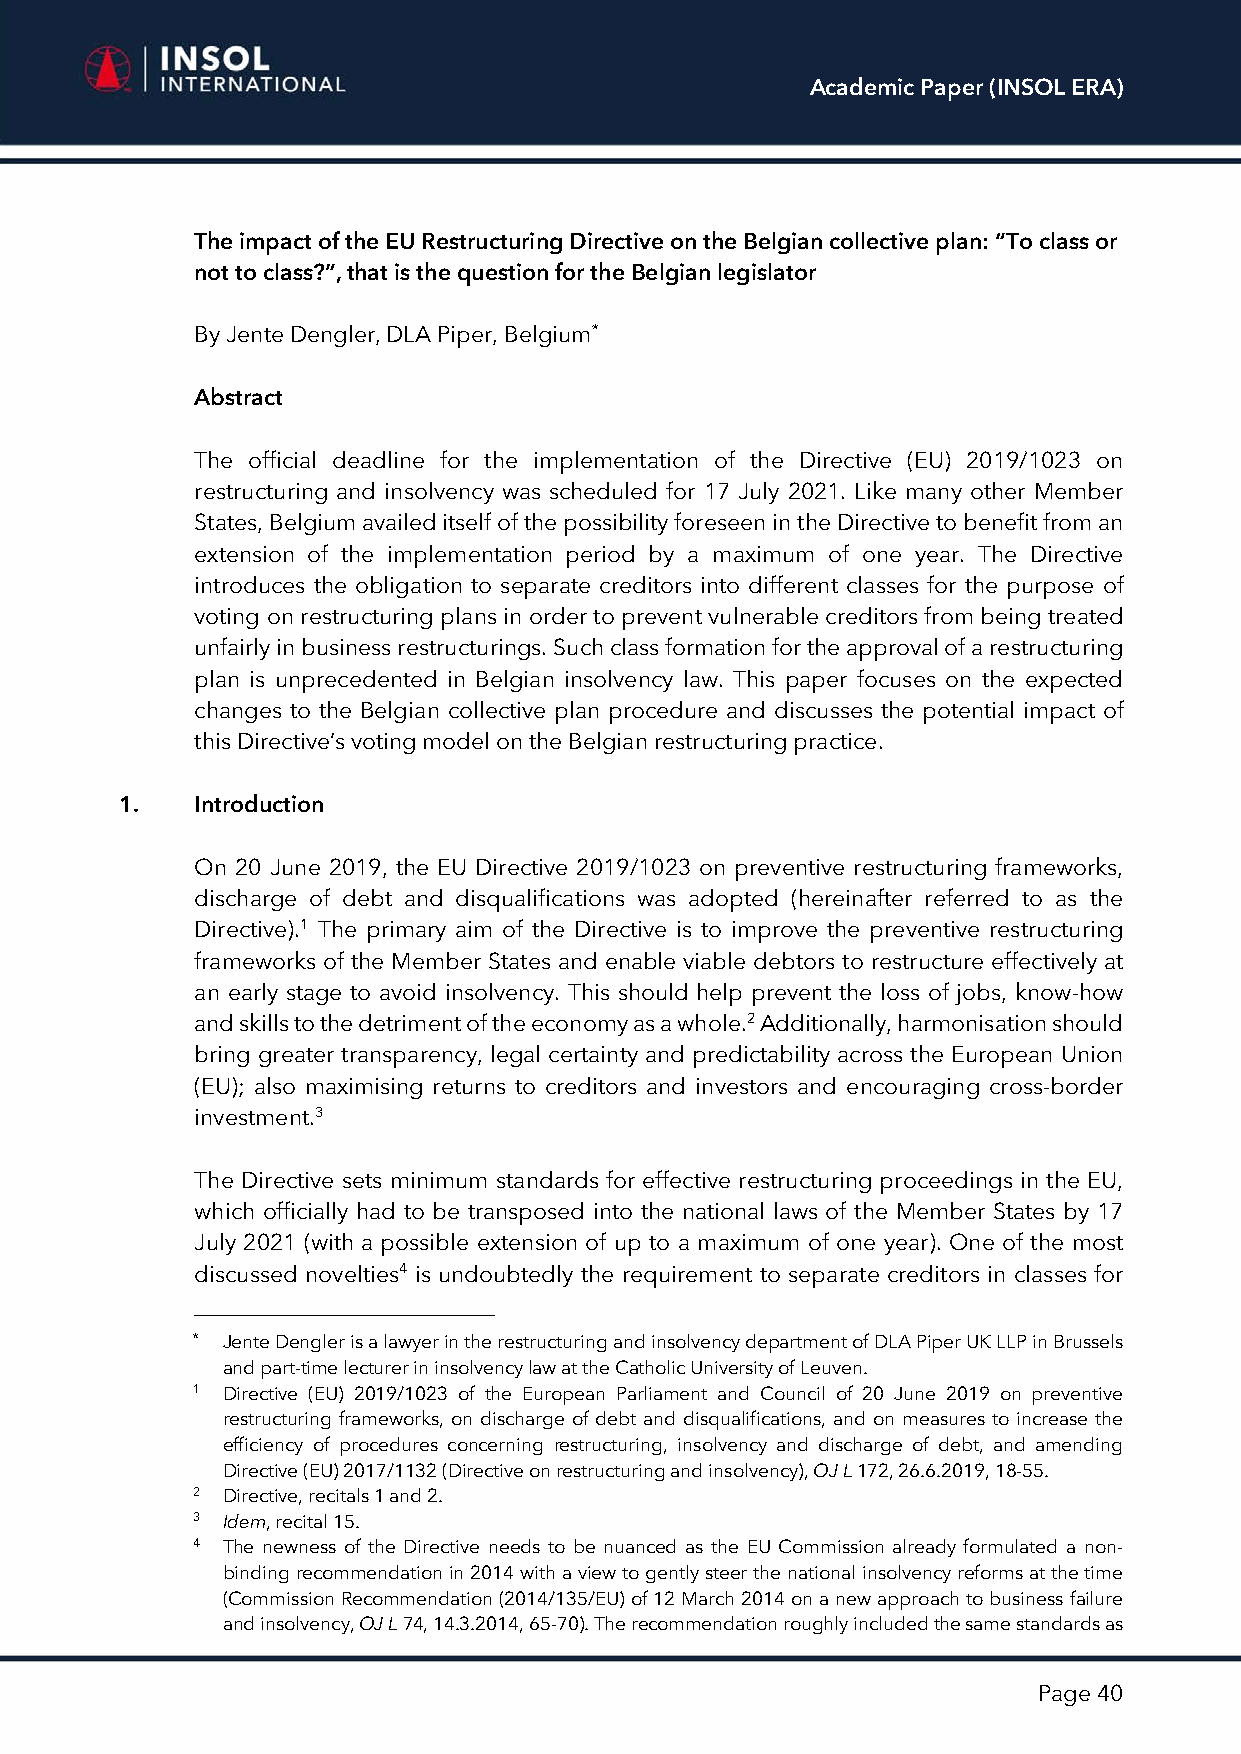
Academic Paper (INSOL ERA)
 The impact of the EU Restructuring Directive on the Belgian collective plan: “To class or
 not to class?”, that is the question for the Belgian legislator
 By Jente Dengler, DLA Piper, Belgium*
 Abstract
 The official deadline for the implementation of the Directive (EU) 2019/1023 on
 restructuring and insolvency was scheduled for 17 July 2021. Like many other Member
 States, Belgium availed itself of the possibility foreseen in the Directive to benefit from an
 extension of the implementation period by a maximum of one year. The Directive
 introduces the obligation to separate creditors into different classes for the purpose of
 voting on restructuring plans in order to prevent vulnerable creditors from being treated
 unfairly in business restructurings. Such class formation for the approval of a restructuring
 plan is unprecedented in Belgian insolvency law. This paper focuses on the expected
 changes to the Belgian collective plan procedure and discusses the potential impact of
 this Directive’s voting model on the Belgian restructuring practice.
 1.   Introduction
 On 20 June 2019, the EU Directive 2019/1023 on preventive restructuring frameworks,
 discharge of debt and disqualifications was adopted (hereinafter referred to as the
 Directive).1 The primary aim of the Directive is to improve the preventive restructuring
 frameworks of the Member States and enable viable debtors to restructure effectively at
 an early stage to avoid insolvency. This should help prevent the loss of jobs, know-how
 and skills to the detriment of the economy as a whole.2 Additionally, harmonisation should
 bring greater transparency, legal certainty and predictability across the European Union
 (EU); also maximising returns to creditors and investors and encouraging cross-border
 investment.3
 The Directive sets minimum standards for effective restructuring proceedings in the EU,
 which officially had to be transposed into the national laws of the Member States by 17
 July 2021 (with a possible extension of up to a maximum of one year). One of the most
 discussed novelties4 is undoubtedly the requirement to separate creditors in classes for
 * Jente Dengler is a lawyer in the restructuring and insolvency department of DLA Piper UK LLP in Brussels
 and part-time lecturer in insolvency law at the Catholic University of Leuven.
 1 Directive (EU) 2019/1023 of the European Parliament and Council of 20 June 2019 on preventive
 restructuring frameworks, on discharge of debt and disqualifications, and on measures to increase the
 efficiency of procedures concerning restructuring, insolvency and discharge of debt, and amending
 Directive (EU) 2017/1132 (Directive on restructuring and insolvency), OJ L 172, 26.6.2019, 18-55.
 2 Directive, recitals 1 and 2.
 3 Idem, recital 15.
 4 The newness of the Directive needs to be nuanced as the EU Commission already formulated a non-
 binding recommendation in 2014 with a view to gently steer the national insolvency reforms at the time
 (Commission Recommendation (2014/135/EU) of 12 March 2014 on a new approach to business failure
 and insolvency, OJ L 74, 14.3.2014, 65-70). The recommendation roughly included the same standards as
 Page 40